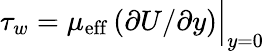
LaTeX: \tau_{w}=\mu_{\mathrm{eff}}\left(\partial U/\partial y\right)\Big|_{y=0}